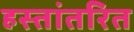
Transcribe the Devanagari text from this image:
हस्‍तांतरित